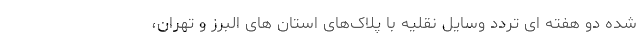
شده دو هفته ای تردد وسایل نقلیه با پلاک‌های استان های البرز و تهران،